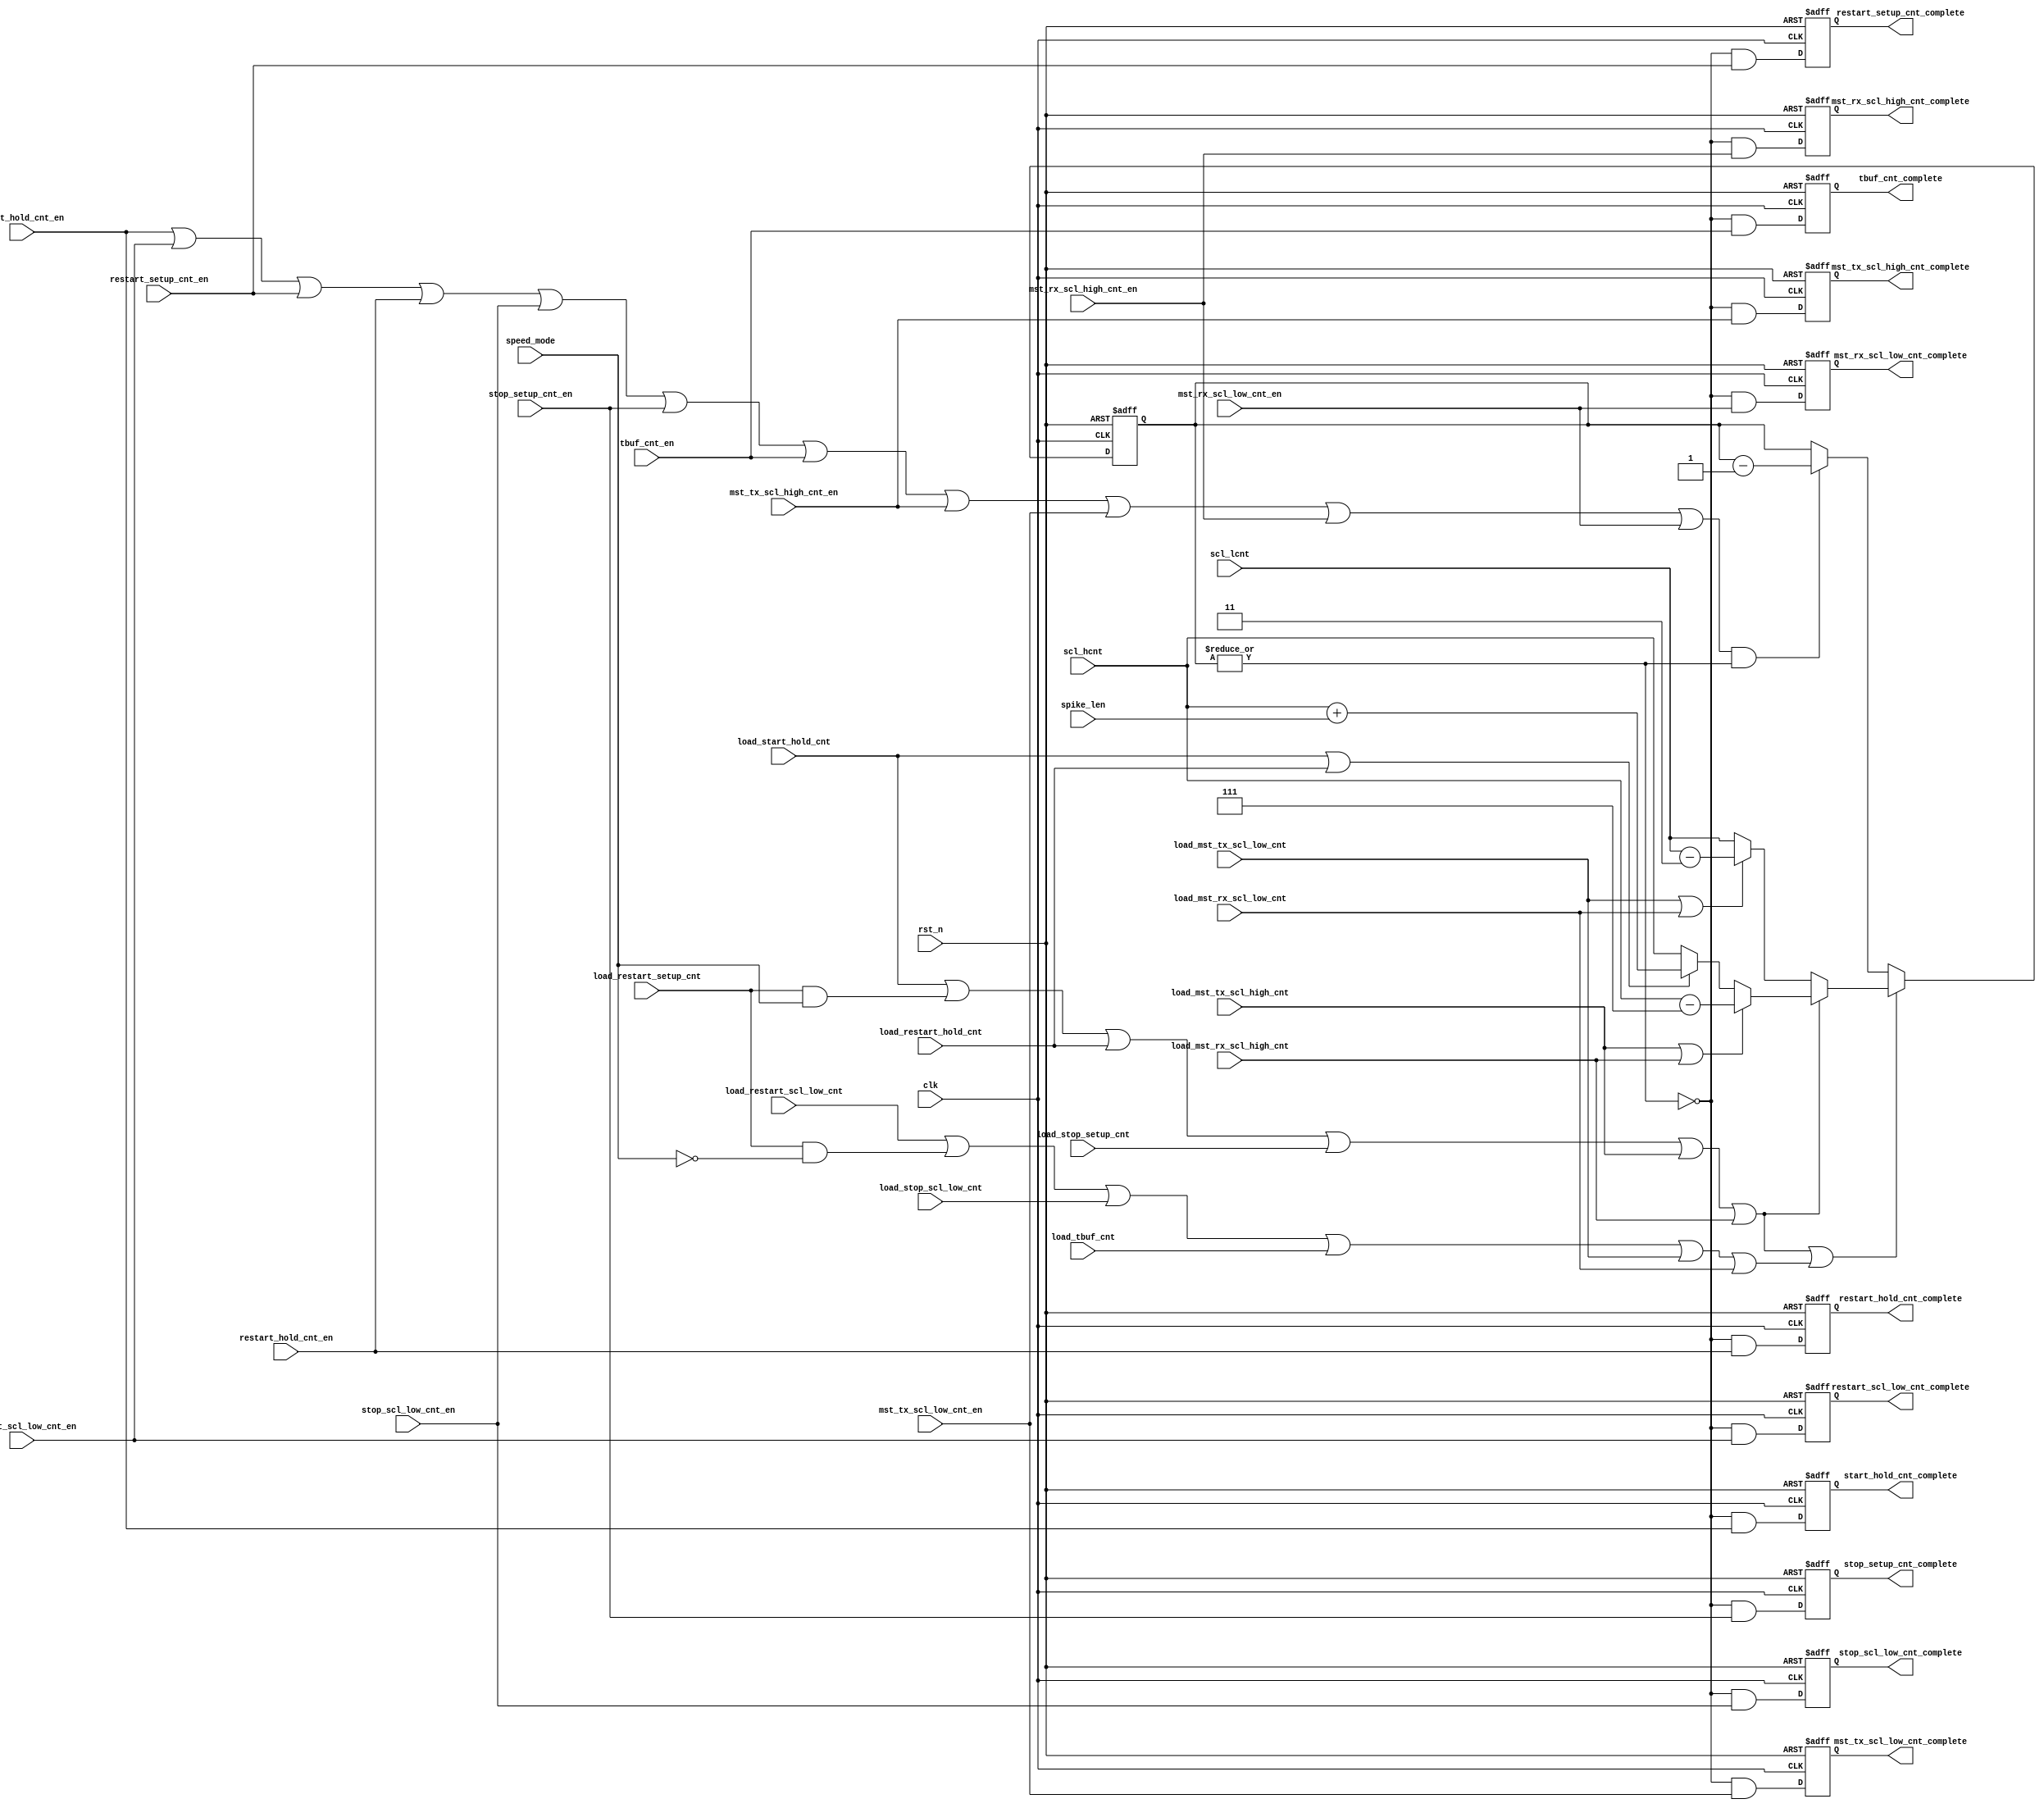
// (C) 2001-2018 Intel Corporation. All rights reserved.
// Your use of Intel Corporation's design tools, logic functions and other 
// software and tools, and its AMPP partner logic functions, and any output 
// files from any of the foregoing (including device programming or simulation 
// files), and any associated documentation or information are expressly subject 
// to the terms and conditions of the Intel Program License Subscription 
// Agreement, Intel FPGA IP License Agreement, or other applicable 
// license agreement, including, without limitation, that your use is for the 
// sole purpose of programming logic devices manufactured by Intel and sold by 
// Intel or its authorized distributors.  Please refer to the applicable 
// agreement for further details.


// synthesis translate_off
`timescale 1ns / 1ps
// synthesis translate_on

module altera_avalon_i2c_clk_cnt (
    input           clk,
    input           rst_n,
    input           load_restart_scl_low_cnt,
    input           load_restart_setup_cnt,
    input           load_restart_hold_cnt,
    input           load_start_hold_cnt,
    input           load_stop_scl_low_cnt,
    input           load_stop_setup_cnt,
    input           load_tbuf_cnt,
    input           load_mst_tx_scl_high_cnt,
    input           load_mst_tx_scl_low_cnt,
    input           load_mst_rx_scl_high_cnt,
    input           load_mst_rx_scl_low_cnt,
    input           start_hold_cnt_en,
    input           restart_scl_low_cnt_en,
    input           restart_setup_cnt_en,
    input           restart_hold_cnt_en,
    input           stop_scl_low_cnt_en,
    input           stop_setup_cnt_en,
    input           tbuf_cnt_en,
    input           mst_tx_scl_high_cnt_en,
    input           mst_tx_scl_low_cnt_en,
    input           mst_rx_scl_high_cnt_en,
    input           mst_rx_scl_low_cnt_en,
    input           speed_mode,
    input [15:0]    scl_hcnt,
    input [15:0]    scl_lcnt,
    input [7:0]     spike_len,

    output reg      start_hold_cnt_complete,
    output reg      restart_scl_low_cnt_complete,
    output reg      restart_setup_cnt_complete,
    output reg      restart_hold_cnt_complete,
    output reg      stop_scl_low_cnt_complete,
    output reg      stop_setup_cnt_complete,
    output reg      tbuf_cnt_complete,
    output reg      mst_tx_scl_high_cnt_complete,
    output reg      mst_tx_scl_low_cnt_complete,
    output reg      mst_rx_scl_high_cnt_complete,
    output reg      mst_rx_scl_low_cnt_complete

);

reg [15:0]  clk_cnt;
reg [15:0]  clk_cnt_nxt;

wire        start_hold_cnt_complete_nxt;
wire        restart_scl_low_cnt_complete_nxt;
wire        restart_setup_cnt_complete_nxt;
wire        restart_hold_cnt_complete_nxt;
wire        stop_scl_low_cnt_complete_nxt;
wire        stop_setup_cnt_complete_nxt;
wire        tbuf_cnt_complete_nxt;
wire        mst_tx_scl_high_cnt_complete_nxt;
wire        mst_tx_scl_low_cnt_complete_nxt;
wire        mst_rx_scl_high_cnt_complete_nxt;
wire        mst_rx_scl_low_cnt_complete_nxt;
wire        load_cnt;
wire        load_high;
wire        load_low;
wire        ss_mode;
wire        fs_mode;
wire [15:0] scl_hcnt_int;
wire [15:0] scl_lcnt_int;
wire [15:0] load_cnt_val;
wire        cnt_en;
wire        decr_cnt;
wire [15:0] spike_len_int;
wire        clk_cnt_notzero;

assign spike_len_int    = {8'h0, spike_len};
assign load_cnt         = load_high | load_low;

assign load_high    = load_start_hold_cnt                   |
                      (load_restart_setup_cnt & fs_mode)    |
                      load_restart_hold_cnt                 |
                      load_stop_setup_cnt                   |
                      load_mst_tx_scl_high_cnt              |
                      load_mst_rx_scl_high_cnt;

assign load_low     = load_restart_scl_low_cnt              |
                      (load_restart_setup_cnt & ss_mode)    |
                      load_stop_scl_low_cnt                 |
                      load_tbuf_cnt                         |
                      load_mst_tx_scl_low_cnt               |
                      load_mst_rx_scl_low_cnt;

assign ss_mode      = speed_mode == 1'b0;
assign fs_mode      = speed_mode == 1'b1;
assign load_cnt_val = load_high ? scl_hcnt_int : scl_lcnt_int;

assign scl_hcnt_int = 
    (load_mst_tx_scl_high_cnt | load_mst_rx_scl_high_cnt) ? (scl_hcnt - 16'h7) :
    (load_start_hold_cnt | load_restart_hold_cnt) ? (scl_hcnt + spike_len_int) :
        scl_hcnt;
                            
assign scl_lcnt_int = 
    (load_mst_tx_scl_low_cnt | load_mst_rx_scl_low_cnt) ?
        (scl_lcnt - 16'h3) :
        scl_lcnt;

assign cnt_en       =   start_hold_cnt_en       |
                        restart_scl_low_cnt_en  |
                        restart_setup_cnt_en    |
                        restart_hold_cnt_en     |
                        stop_scl_low_cnt_en     |
                        stop_setup_cnt_en       |
                        tbuf_cnt_en             |
                        mst_tx_scl_high_cnt_en  |
                        mst_tx_scl_low_cnt_en   |
                        mst_rx_scl_high_cnt_en  |
                        mst_rx_scl_low_cnt_en;

assign decr_cnt         = cnt_en & clk_cnt_notzero;
assign clk_cnt_notzero  = | clk_cnt;

//assign decr_cnt     = cnt_en & (clk_cnt != 16'h0);

always @(posedge clk or negedge rst_n) begin
    if (!rst_n)
        clk_cnt <= 16'hffff;
    else
        clk_cnt <= clk_cnt_nxt;
end

always @* begin
    if (load_cnt)
        clk_cnt_nxt = load_cnt_val;
    else if (decr_cnt)
        clk_cnt_nxt = clk_cnt - 16'h1;
    else
        clk_cnt_nxt = clk_cnt;
end


always @(posedge clk or negedge rst_n) begin
    if (!rst_n) begin
        start_hold_cnt_complete         <= 1'b0;
        restart_scl_low_cnt_complete    <= 1'b0;
        restart_setup_cnt_complete      <= 1'b0;
        restart_hold_cnt_complete       <= 1'b0;
        stop_scl_low_cnt_complete       <= 1'b0;
        stop_setup_cnt_complete         <= 1'b0;
        tbuf_cnt_complete               <= 1'b0;
        mst_tx_scl_high_cnt_complete    <= 1'b0;
        mst_tx_scl_low_cnt_complete     <= 1'b0;
        mst_rx_scl_high_cnt_complete    <= 1'b0;
        mst_rx_scl_low_cnt_complete     <= 1'b0;
    end
    else begin
        start_hold_cnt_complete         <= start_hold_cnt_complete_nxt;
        restart_scl_low_cnt_complete    <= restart_scl_low_cnt_complete_nxt;
        restart_setup_cnt_complete      <= restart_setup_cnt_complete_nxt;
        restart_hold_cnt_complete       <= restart_hold_cnt_complete_nxt;
        stop_scl_low_cnt_complete       <= stop_scl_low_cnt_complete_nxt;
        stop_setup_cnt_complete         <= stop_setup_cnt_complete_nxt;
        tbuf_cnt_complete               <= tbuf_cnt_complete_nxt;
        mst_tx_scl_high_cnt_complete    <= mst_tx_scl_high_cnt_complete_nxt;
        mst_tx_scl_low_cnt_complete     <= mst_tx_scl_low_cnt_complete_nxt;
        mst_rx_scl_high_cnt_complete    <= mst_rx_scl_high_cnt_complete_nxt;
        mst_rx_scl_low_cnt_complete     <= mst_rx_scl_low_cnt_complete_nxt;
    end
end

assign start_hold_cnt_complete_nxt      = ~clk_cnt_notzero & start_hold_cnt_en;
assign restart_scl_low_cnt_complete_nxt = ~clk_cnt_notzero & restart_scl_low_cnt_en;
assign restart_setup_cnt_complete_nxt   = ~clk_cnt_notzero & restart_setup_cnt_en;
assign restart_hold_cnt_complete_nxt    = ~clk_cnt_notzero & restart_hold_cnt_en;
assign stop_scl_low_cnt_complete_nxt    = ~clk_cnt_notzero & stop_scl_low_cnt_en;
assign stop_setup_cnt_complete_nxt      = ~clk_cnt_notzero & stop_setup_cnt_en;
assign tbuf_cnt_complete_nxt            = ~clk_cnt_notzero & tbuf_cnt_en;
assign mst_tx_scl_high_cnt_complete_nxt = ~clk_cnt_notzero & mst_tx_scl_high_cnt_en;
assign mst_tx_scl_low_cnt_complete_nxt  = ~clk_cnt_notzero & mst_tx_scl_low_cnt_en;
assign mst_rx_scl_high_cnt_complete_nxt = ~clk_cnt_notzero & mst_rx_scl_high_cnt_en;
assign mst_rx_scl_low_cnt_complete_nxt  = ~clk_cnt_notzero & mst_rx_scl_low_cnt_en;


endmodule